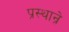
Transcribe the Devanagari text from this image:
प्रस्थान्रे